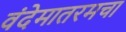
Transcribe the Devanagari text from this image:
वंदेमातरमचा